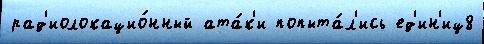
рад'иолокацио́нный ата́к'и попыта́л'ись ед'ин'иц8